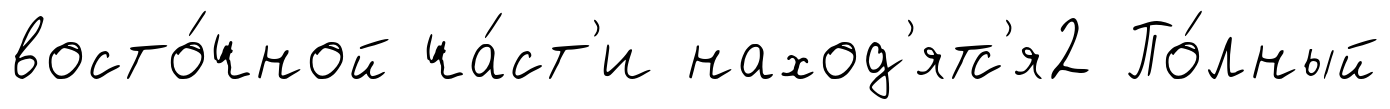
восто́чной ча́ст'и наход'ятс'я2 По́лный